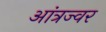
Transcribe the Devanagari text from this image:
आंत्रज्वर